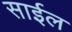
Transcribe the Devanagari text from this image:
साईल